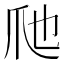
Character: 𱬶